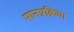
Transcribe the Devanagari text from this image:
मानप्रक्रिया